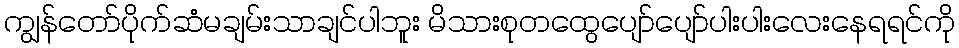
ကျွန်တော်ပိုက်ဆံမချမ်းသာချင်ပါဘူး မိသားစုတထွေပျော်ပျော်ပါးပါးလေးနေရရင်ကို